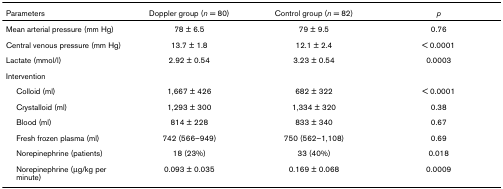
| Parameters | Doppler group (n = 80) | Control group (n = 82) | p |
 | --- | --- | --- | --- |
 | Mean arterial pressure (mm Hg) | 78 ± 6.5 | 79 ± 9.5 | 0.76 |
 | Central venous pressure (mm Hg) | 13.7 ± 1.8 | 12.1 ± 2.4 | < 0.0001 |
 | Lactate (mmol/l) | 2.92 ± 0.54 | 3.23 ± 0.54 | 0.0003 |
 | Intervention |  |  |  |
 | Colloid (ml) | 1,667 ± 426 | 682 ± 322 | < 0.0001 |
 | Crystalloid (ml) | 1,293 ± 300 | 1,334 ± 320 | 0.38 |
 | Blood (ml) | 814 ± 228 | 833 ± 340 | 0.67 |
 | Fresh frozen plasma (ml) | 742 (566–949) | 750 (562–1,108) | 0.69 |
 | Norepinephrine (patients) | 18 (23%) | 33 (40%) | 0.018 |
 | Norepinephrine (μg/kg per minute) | 0.093 ± 0.035 | 0.169 ± 0.068 | 0.0009 |